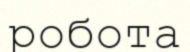
робота